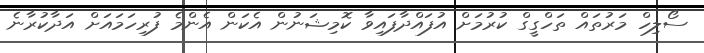
ސޯލިހް މަރުތައް ތަހްގީގް ކުރުމަށް އުފައްދާފައިވާ ކޮމިޝަނުން އެކަން އެންމެ ފުރިހަމައަށް އަދާކުރާނެ